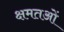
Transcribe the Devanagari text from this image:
क्षमतओं